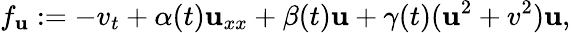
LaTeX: f_{\mathbf{u}}:=-v_{t}+\alpha(t)\mathbf{u}_{xx}+\beta(t)\mathbf{u}+\gamma(t)(\mathbf{u}^{2}+v^{2})\mathbf{u},